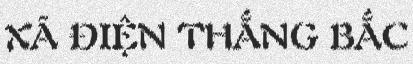
XÃ ĐIỆN THẮNG BẮC